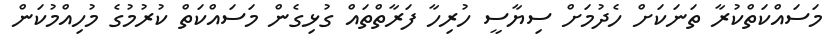
މަސައްކަތްކުރާ ތަނަކަށް ހެދުމަށް ސިޔާސީ ހުރިހާ ފަރާތްތައް ގުޅިގެން މަސައްކަތް ކުރުމުގެ މުހިއްމުކަން